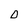
Character: D